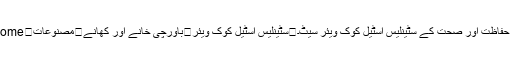
 Homeمصنوعاتباورچی خانے اور کھانےسٹینلیس اسٹیل کوک ویئرمادی حفاظت اور صحت کے سٹینلیس اسٹیل کوک ویئر سیٹ۔